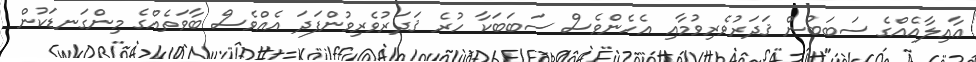
ޢާއިލާއެއްގެ ސަބަބުން ޤަދަރުވެރިވުމާއި އެހެންވެސް ސަބަބަކާ ހުރެ ޤަދަރުވެރިވުންފަދަ އެއްވެސް ބާވަތެއްގެ މިންގަނޑަކުން